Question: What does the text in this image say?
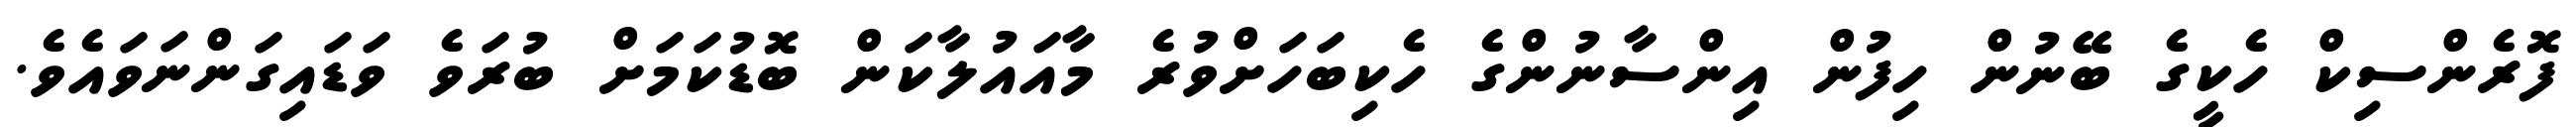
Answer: ފޮރެންސިކް ހެކީގެ ބޭނުން ހިފުން އިންސާނުންގެ ހެކިބަހަށްވުރެ މާއައުލާކަން ބޮޑުކަމަށް ބުރަވެ ވަޑައިގަންނަވައެވެ.